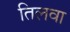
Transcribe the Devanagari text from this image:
तिलवा